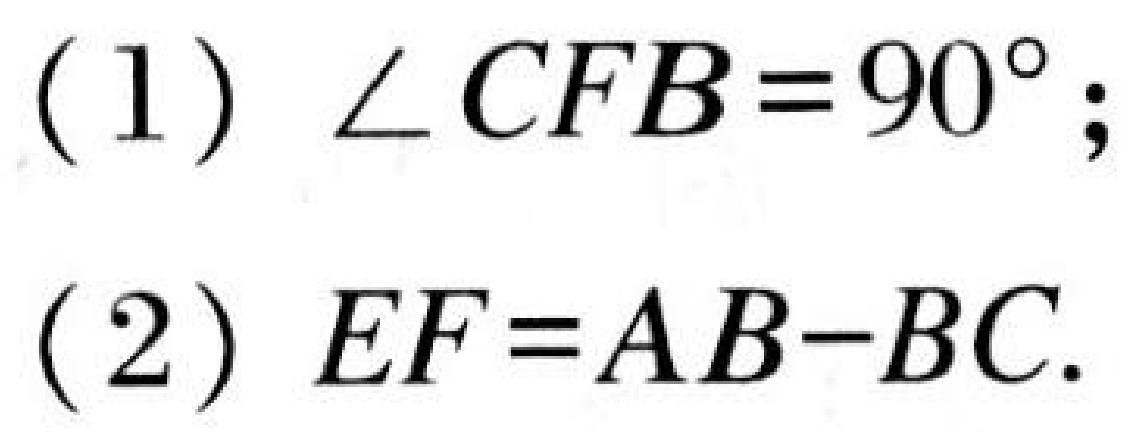
(1) \(\angle CFB = 90^{\circ}\);
(2) \(EF = AB - BC\).